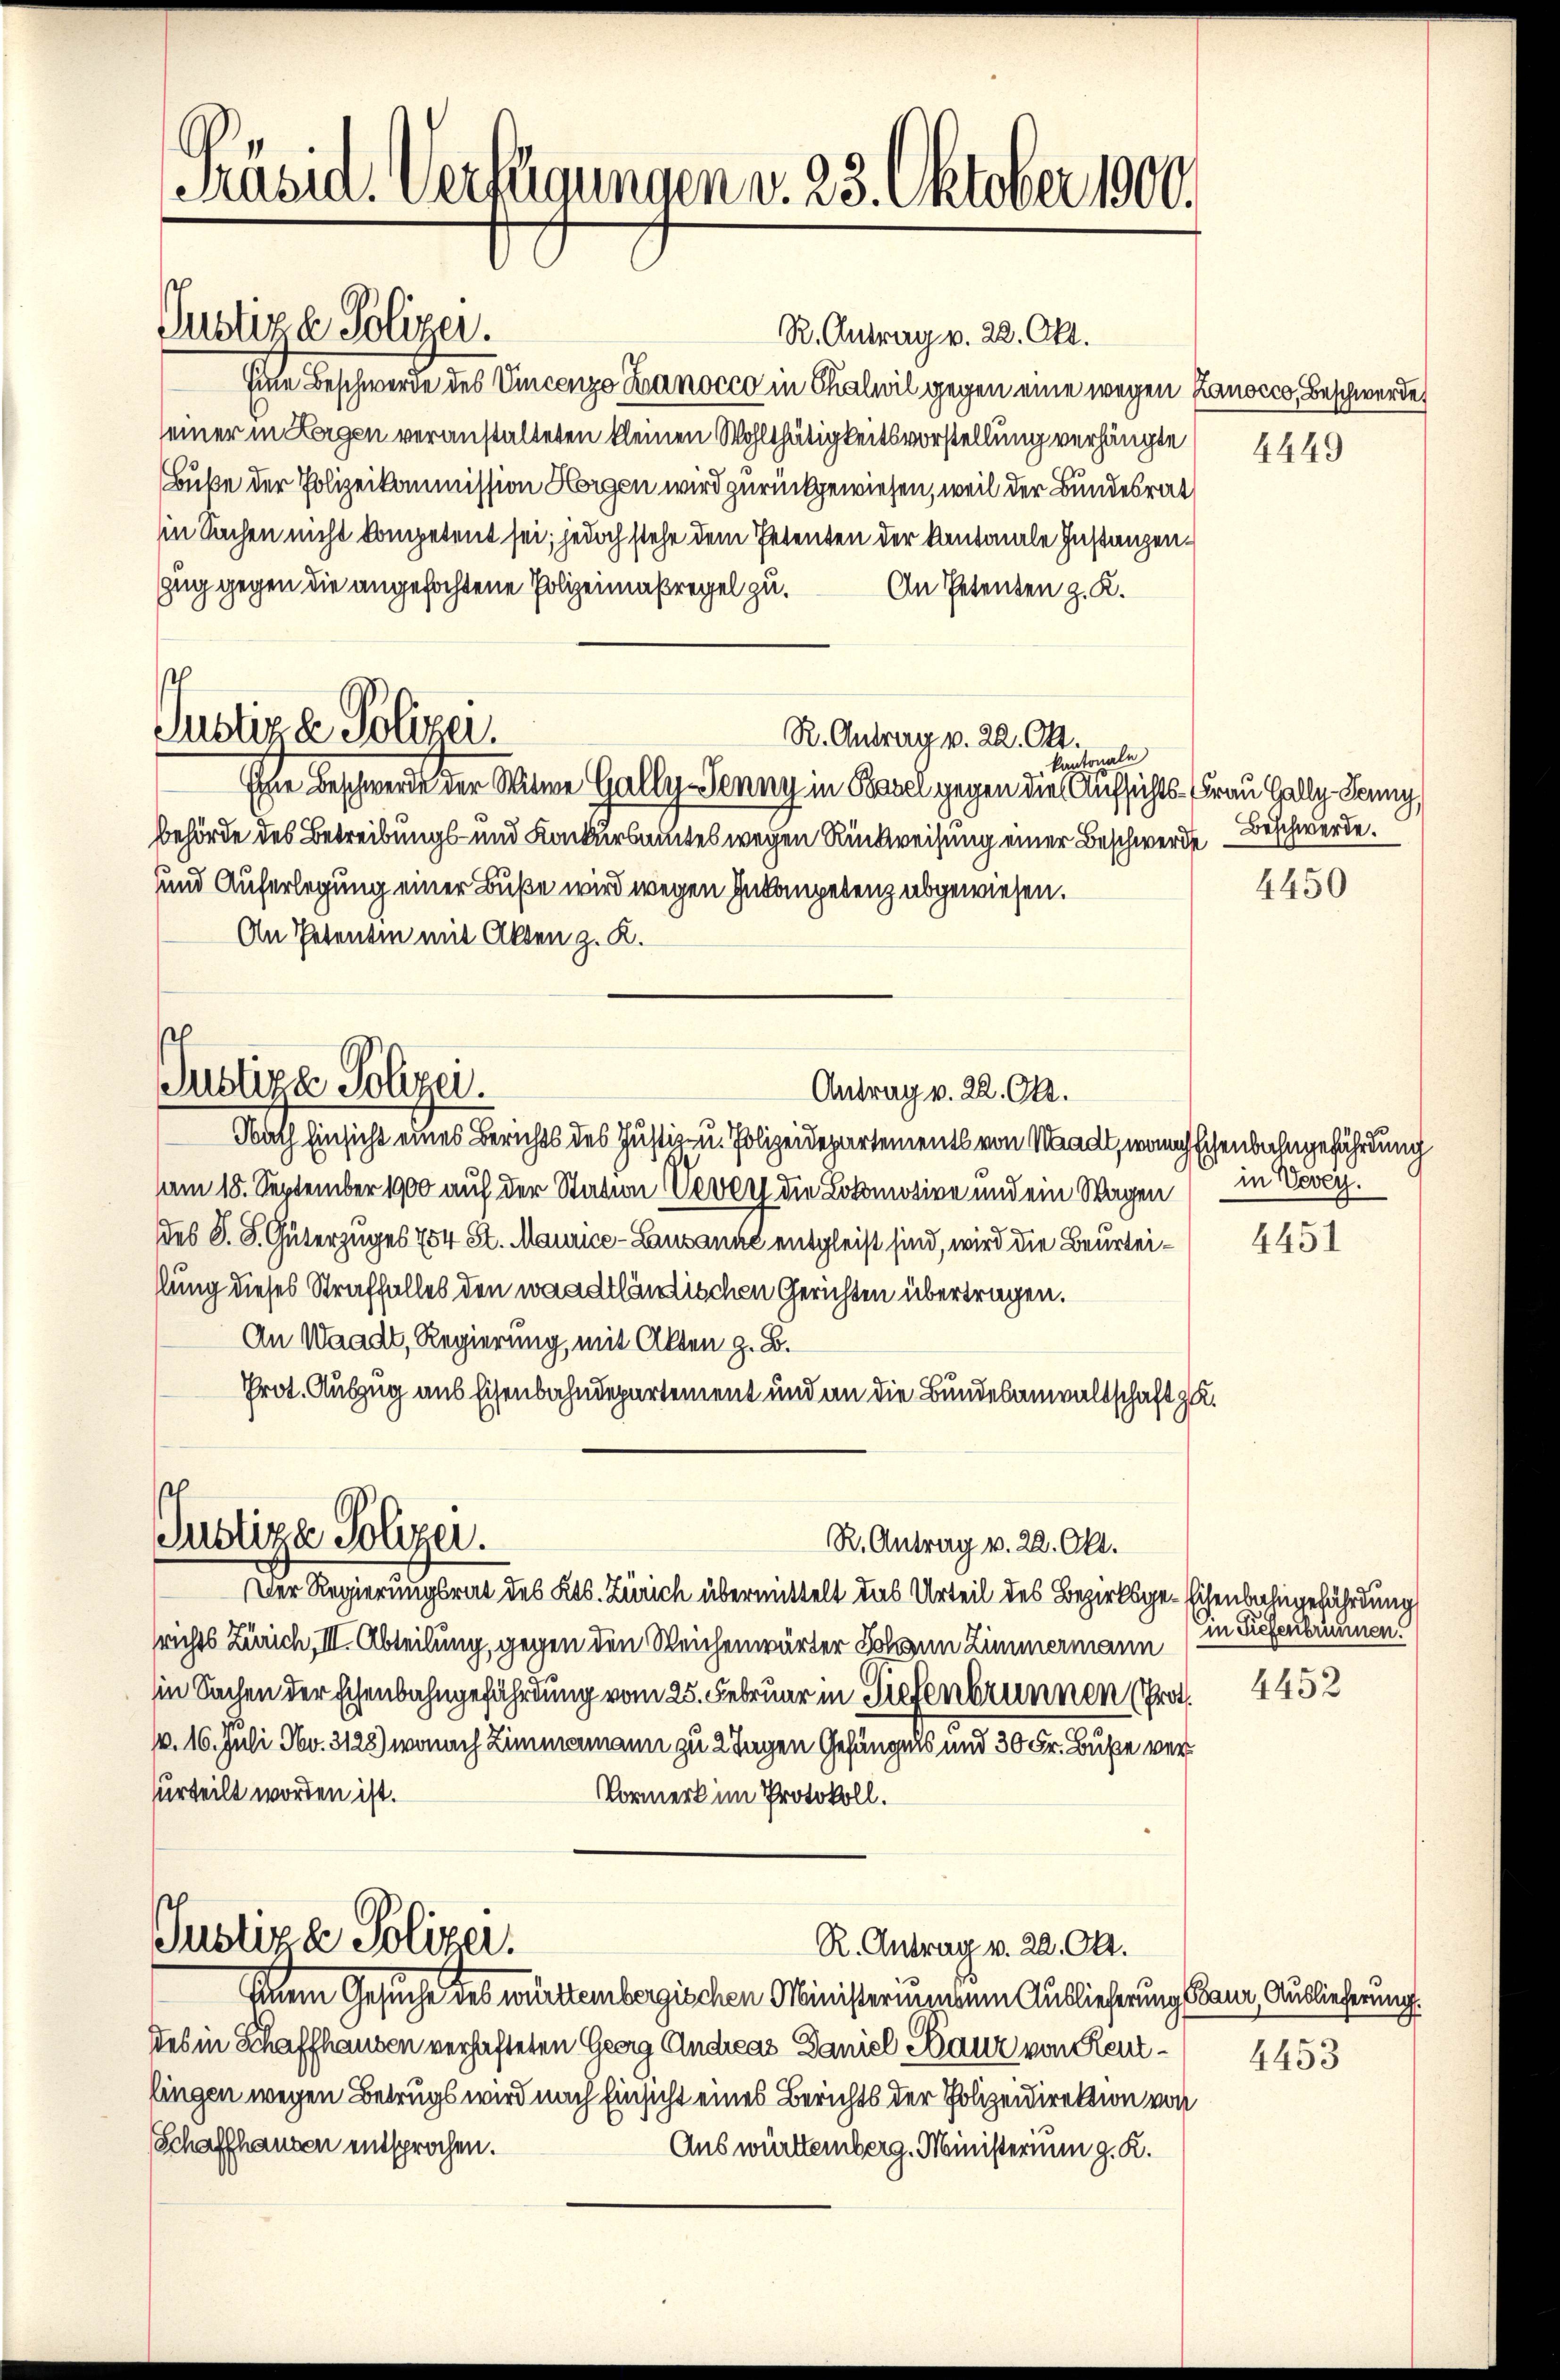
Präsid. Verfügungen v. 23. Oktober 1900.

R. Antrag v. 22. Okt.
Eine Beschwerde des Vincenzo Banocco in Chalwil gegen eine wegen Kanocco, Beschwerde,
seiner in Lorgen veranstalteten kleinen Wohlthätigkeitsvorstellung verhängte
Buße der Polizeikommission Horgen wird zurückgewiesen, weil der Bundesrat
in Sachen nicht kompetent sei; jedoch stehe dem Petenten der Kantonale Instanzen¬
Zug gegen die angefochtene Polizeimaßregel zu. An Petenten z. K.
R. Antrag v. 22. Okt.
kantonale
Ihre Beschwerde der Witwe Gally-Penny in Basel gegen die Aufsichts- Frau Halle Jenny
behörde des Betreibungs- und Konkursammtes wegen Rückweisung einer Beschwerde Beschwerde.
sund Auferlegung einer Buße wird wegen Inkompetenz abgewiesen.
An Petentin mit Akten z. K.
Justiza Polizei.
Antrag v. 22. Okt.
Nath Einsicht eines Berichts des Justiz- u. Polizeidepartements von Waadt, womischenbahngefährdung
vam 18. September 1900 auf der Station Vevey die Lokomotive und ein Wagen in Vevey.
des S. S. Güterzuges 754 St. Maurice - Lausanne entgleist sind, wird die Beurteislung dieses Straffalles den waadtländischen Gerichten übertragen.
An Waadt, Regierung, mit Alten z. B.
Prot. Auszug aus Eisenbahndepartement und an die Bundesanwaltschaft zu

Justiz & Polizei.

h
Justiza Polizei.

Justiza Polizei.
R. Antrag v. 22. Okt.

Justiza Polizei.
R. Antrag v. 22. Okt.

Der Regierungsrat des Kts. Zürich übermittelt das Urteil des Bezirksge-Eisenbahngefährdung
srichts Zürich, III. Abteilung, gegen den Reichenwärter Hohen Zimmermann
in Sachen der schenbahngefährdung vom 25. Februar in Tiefenbrunnen (Pro. 4452
/. 16. Juli No. 3128) wonach Zimmermann zu 2 Tagen Gefängels und 30 Fr. Buße verurteilt worden ist.
Vormerk im Protokoll.

Einem Gesuche des württembergischen Ministeriumsein Auslieferung Baur, Auslieferung.
des in Schaffhausen verhafteten Georg Andreas Daniel Kauz von Reut- 4453
lingen wegen Betrugs wird nach Einsicht eines Berichts der Polizeidirektion von
Schaffhausen entsprochen.
Auswürttemberg. Ministerium g. K.

4449

4450

4451

in Tiefenbrunnen.